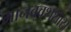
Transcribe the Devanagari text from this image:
मानववंशशास्र